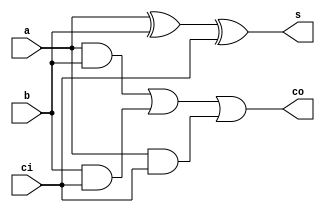
module fa(s,co,a,b,ci);
    output s,co;
    input a,b,ci;
    xor u1(s,a,b,ci);
    and u2(n1,a,b);
    and u3(n2,b,ci);
    and u4(n3,a,ci);
    or u5(co,n1,n2,n3);
endmodule